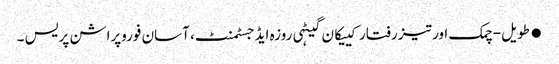
●طویل-چمک اور تیز رفتار کییکان گیٹہی روزہ ایڈجسٹمنٹ، آسان فوروپراشن پریس ۔